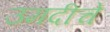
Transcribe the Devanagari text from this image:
उमदीचे